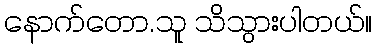
နောက်တော.သူ သိသွားပါတယ်။